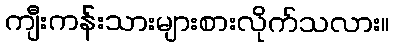
ကျီးကန်းသားများစားလိုက်သလား။